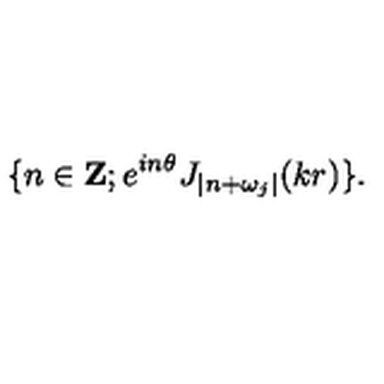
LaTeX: \{ n \in { \bf Z } ; e ^ { i n \theta } J _ { | n + \omega _ { j } | } ( k r ) \} .